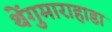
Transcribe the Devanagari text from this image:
थेंगुमाराहाडा